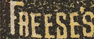
FAEESES